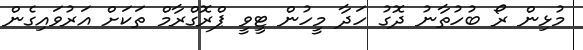
މުޅިން ރޯ ބުހުތާނު ދޮގު ހަދާ މީހުން ޓީވީ ޕްރޮގްރާމް ތަކަށް އަރުވައިގެން